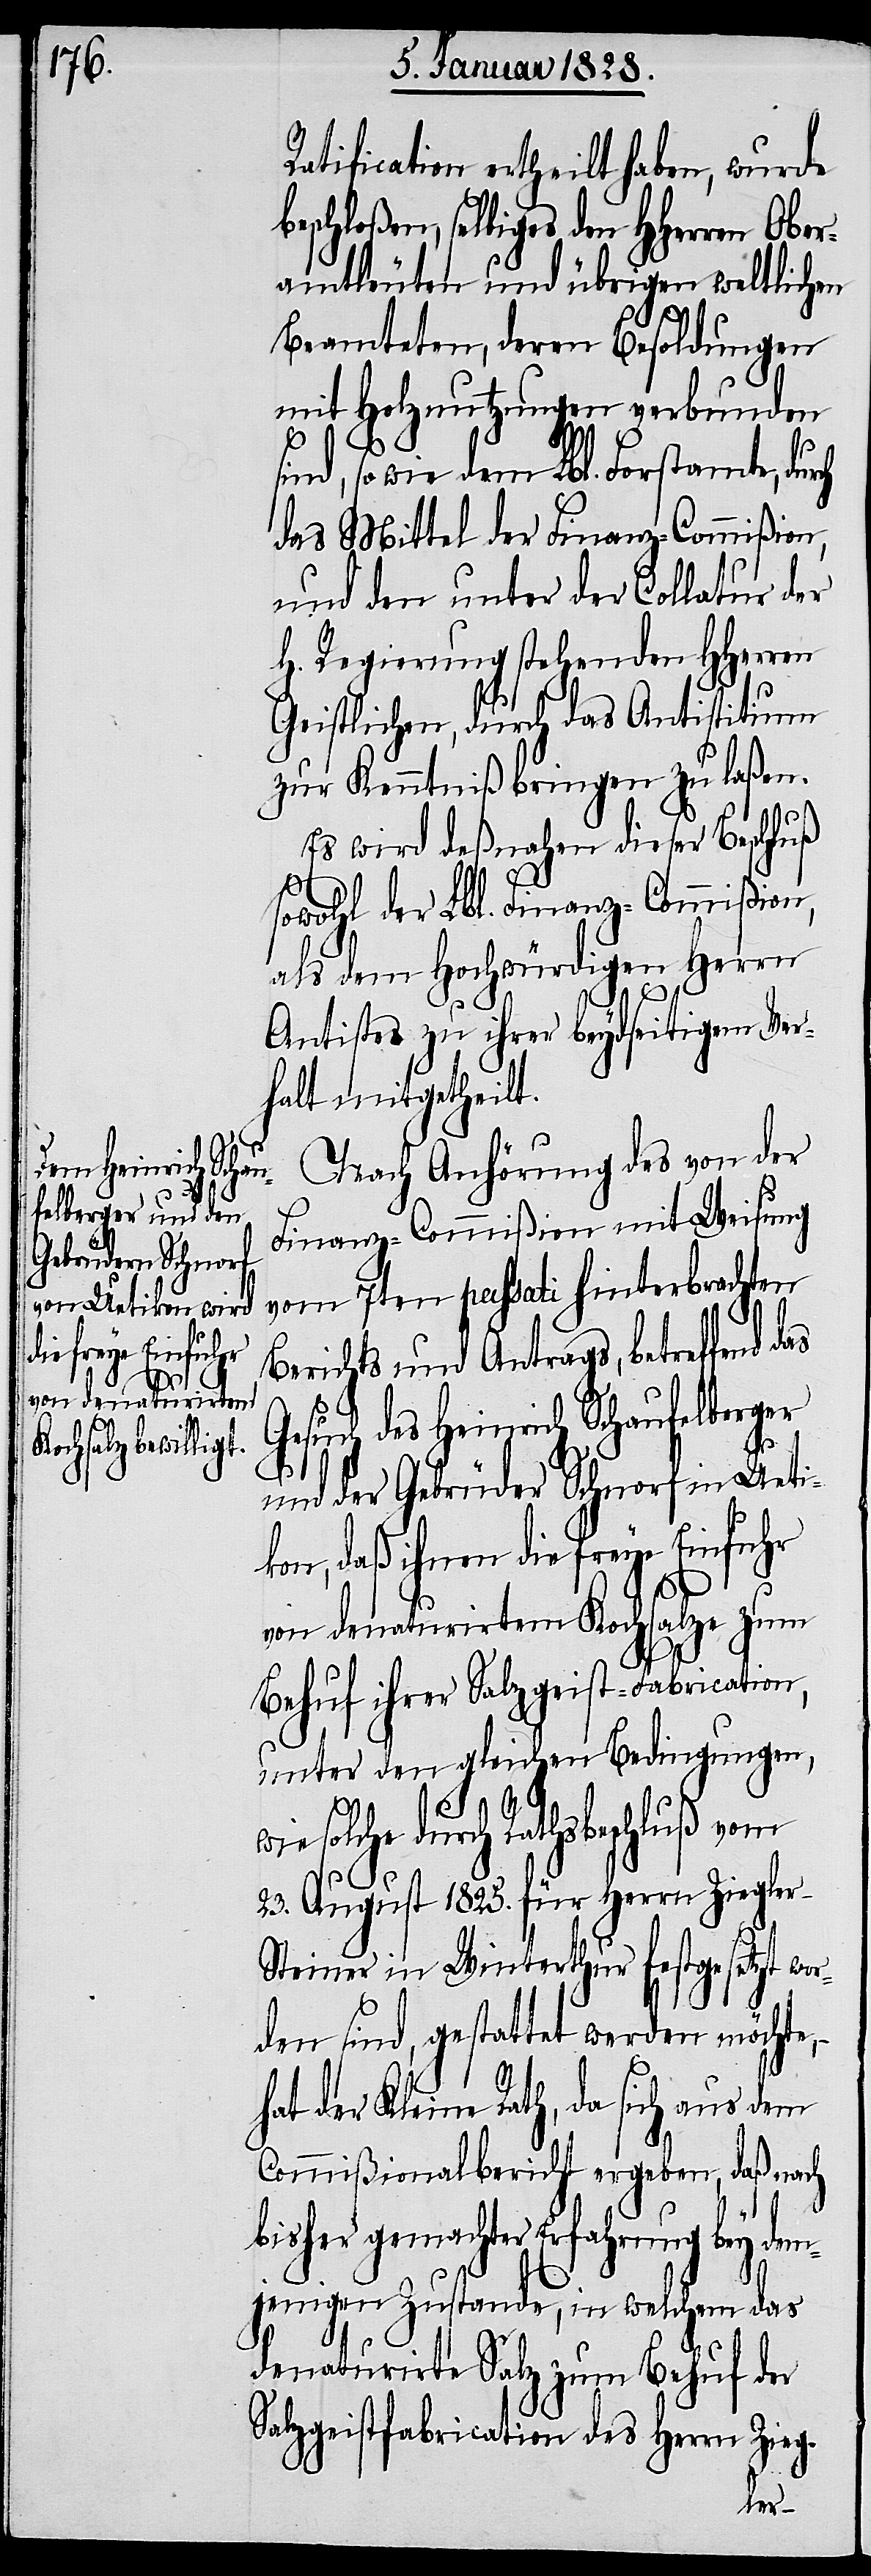
rch
s¬

Ratification ertheilt haben, wurde
beschloßen, selbiges den HHerren
amtleuten und übrigen weltlichen
Beamteten, deren Besoldungen
mit Holznutzungen verbunden
ind, so wie dem Lbl. Forstamte, du¬
das Mittel der Finanz-Commißion,
und den unter der Collatur der
H. Regierung stehenden HHerren
Geistlichen, durch das Antistitium
zur Kenntniß bringen zu laßen.
Es wird deßnahen dieser Beschluß
sowohl der Lbl. Finanz-Commißion,
als dem Hochwürdigen Herrn
Antistes zu ihrer beydseitigem Ver¬
halt mitgetheilt.
Nach Anhörung des von der
Finanz-Commißion mit Weisung
vom 7ten passati hinterbrachten
Berichts und Antrags, betreffend das
Gesuch des Heinrich Schaufelberger
und der Gebrüder Schnorf in Ueti¬
kon, daß ihnen die freye Einfuhr
von denaturirtem Kochsalze zum
Behuf ihrer Salzgeist-Fabrication,
unter den gleichen Bedingungen,
durch Rathsbeschluß vom
23. August 1825. für Herrn Ziegler-S¬
teiner in Winterthur festgesetzt wo¬
rden sind, gestattet werden möchte,
hat der Kleine Rath, da sich aus dem
Commißionalbericht ergeben, daß nach
bisher gemachter Erfahrung bey dem¬
jenigen Zustande, in welchem das
denaturirte Salz zum Behuf der
Sachgeistfabrication des Herrn Zieg-
Ober¬